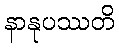
နာနုပဿတိ